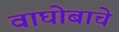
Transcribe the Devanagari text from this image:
वाघोबाचे